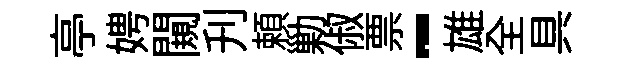
亭娉闚刋頼勦俶票-雄全具